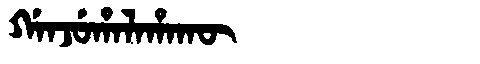
Manchu: ᡤᠠᠨᠵᡠᡥᠠᠯᠠᡥᠠᡴᡡ
Romanization: GANJUHALAHAKŪ